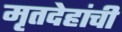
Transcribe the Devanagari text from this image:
मृतदेहांची